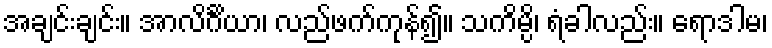
အချင်းချင်း။ အာလိင်္ဂိယာ၊ လည်ဖက်ကုန်၍။ သကိမ္ပိ၊ ရံခါလည်း။ ရောဒါမ၊